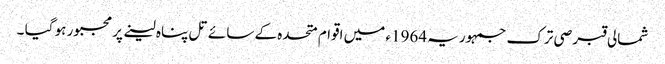
شمالی قبرصی ترک جمہوریہ 1964ء میں اقوام متحدہ کے سائے تل پناہ لینے پر مجبور ہو گیا ۔